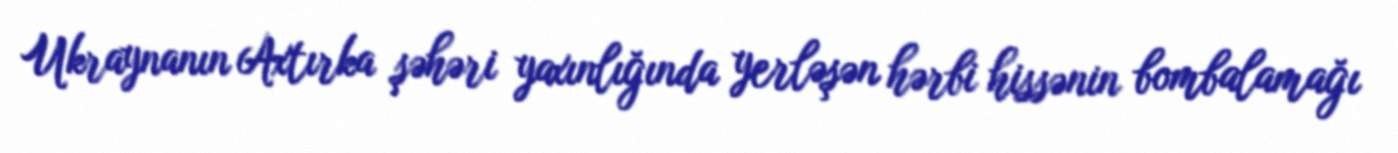
Ukraynanın Axtırka şəhəri yaxınlığında yerləşən hərbi hissənin bombalamağı